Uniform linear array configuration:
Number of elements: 24
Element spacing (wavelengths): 0.25
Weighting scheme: uniform
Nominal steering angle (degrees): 15
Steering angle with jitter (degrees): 13.001
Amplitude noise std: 0.05
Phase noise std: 0.05

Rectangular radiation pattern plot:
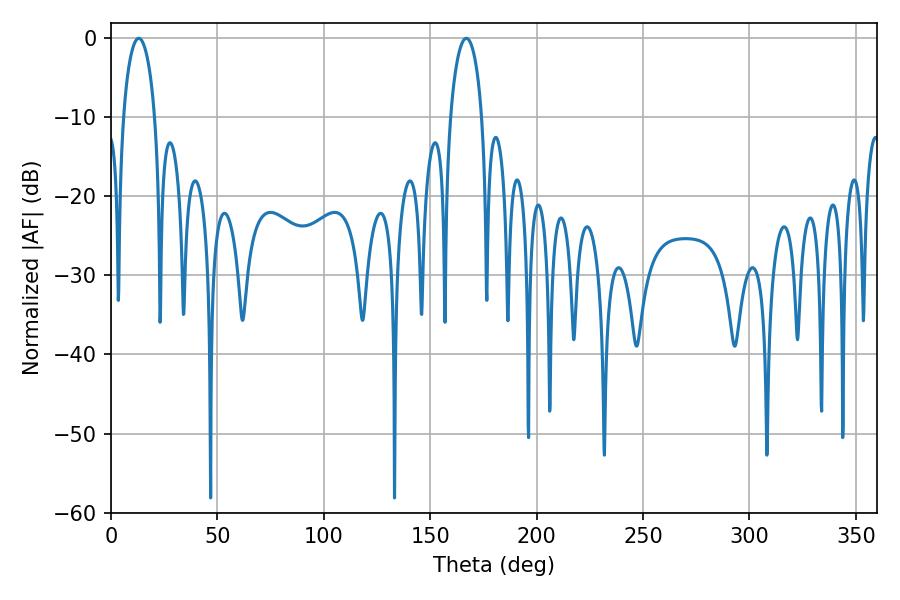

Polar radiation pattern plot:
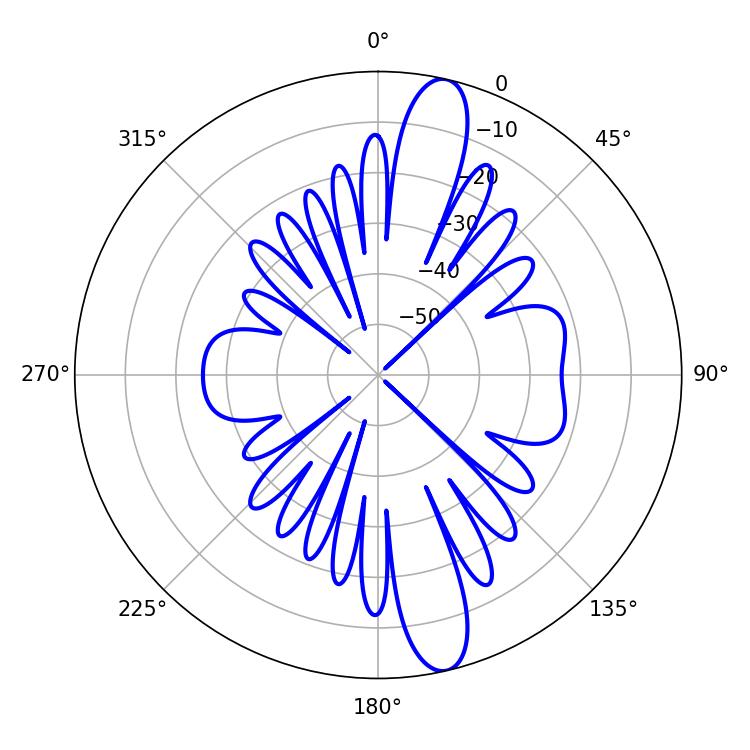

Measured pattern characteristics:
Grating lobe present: FALSE
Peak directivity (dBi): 14.096
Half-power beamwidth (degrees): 8.46
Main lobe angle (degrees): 12.96